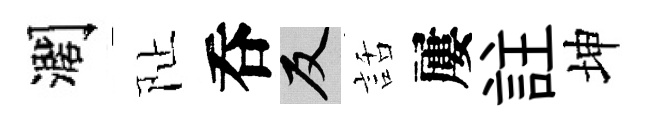
濶阯呑反話屢註坤